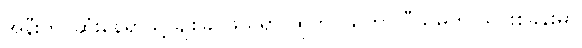
အနီးကပ်ဆုံးနေရာသို့ ချစ်ခင်ဖွယ်ရာ ထုတ်ပယ်တာ ပီသမှုကို ယင်းစခန်းမှာ